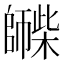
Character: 𪪀